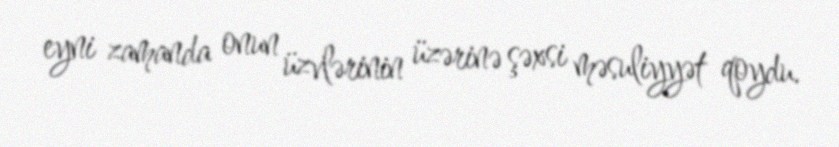
eyni zamanda onun üzvlərinin üzərinə şəxsi məsuliyyət qoydu.